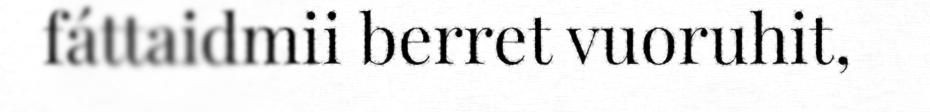
fáttaidmii berret vuoruhit,